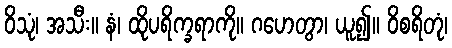
ဝိသုံ၊ အသီး။ နံ၊ ထိုပရိက္ခရာကို။ ဂဟေတွာ၊ ယူ၍။ ဝိစရိတုံ၊